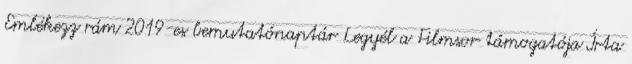
Emlékezz rám 2019-es bemutatónaptár Legyél a Filmsor támogatója Írta